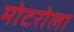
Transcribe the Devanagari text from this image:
मोटरोला